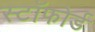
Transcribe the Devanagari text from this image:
स्टॉफोर्ड